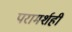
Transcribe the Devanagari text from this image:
परामर्शही